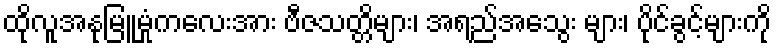
ထိုလူအနုမြူမှုံကလေးအား ဗီဇသတ္တိများ၊ အရည်အသွေး များ၊ ပိုင်ခွင့်များကို